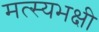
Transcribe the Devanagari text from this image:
मत्स्यभक्षी